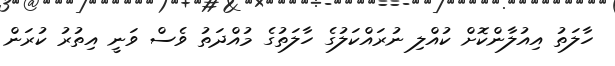
ހާލަތު އިއުލާންކޮށް ކުއްލި ނުރައްކަލުގެ ހާލަތުގެ މުއްދަތު ވެސް ވަނީ އިތުރު ކުރަން